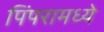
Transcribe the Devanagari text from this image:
पिंपरामध्ये